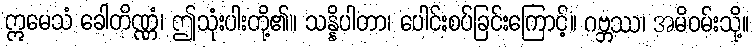
ဣမေသံ ခေါတိဏ္ဏံ၊ ဤသုံးပါးတို့၏။ သန္နိပါတာ၊ ပေါင်းစပ်ခြင်းကြောင့်။ ဂဗ္ဘဿ၊ အမိဝမ်းသို့။